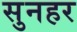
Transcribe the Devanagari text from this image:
सुनहर